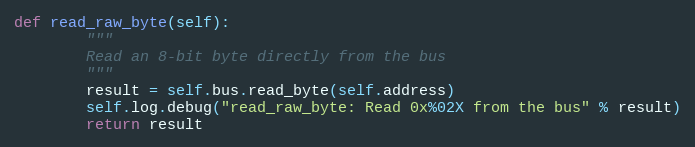
Language: Python
def read_raw_byte(self):
        """
        Read an 8-bit byte directly from the bus
        """
        result = self.bus.read_byte(self.address)
        self.log.debug("read_raw_byte: Read 0x%02X from the bus" % result)
        return result